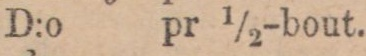
D:o pr ½-bout.